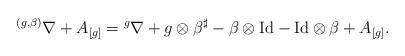
LaTeX: \begin{align*}{}^{(g,\beta)}\nabla+A_{[g]}={}^g\nabla+g\otimes \beta^{\sharp}-\beta\otimes\mathrm{Id}-\mathrm{Id}\otimes \beta+A_{[g]}. \end{align*}